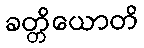
ခတ္တိယောတိ